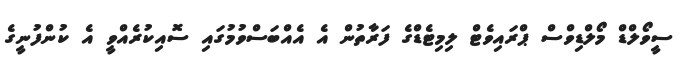
ސީވޯލްޑް މޯލްޑިވްސް ޕްރައިވެޓް ލިމިޓެޑްގެ ފަރާތުން އެ އެއްބަސްވުމުގައި ސޮއިކުރެއްވީ އެ ކުންފުނީގެ